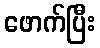
ဖောက်ပြီး